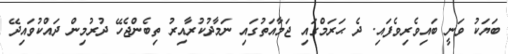
ބަޔަކު ވަނީ ބައިވެރިވެފައި. ދެ ޙަރަމްގައި ޖަމާއަތުގައި ނަމާދުކުރާއިރު ތިބެންޖެހޭ ދުރުމިން ދައްކުވައިދޭ